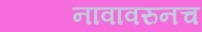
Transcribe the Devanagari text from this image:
नावावरुनच